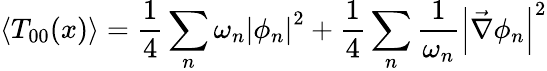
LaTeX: \left\langle T_{00}(x)\right\rangle=\frac{1}{4}\sum_{n}\omega_{n}\left|\phi_{n}\right|^{2}+\frac{1}{4}\sum_{n}\frac{1}{\omega_{n}}\left|\vec{\nabla}\phi_{n}\right|^{2}